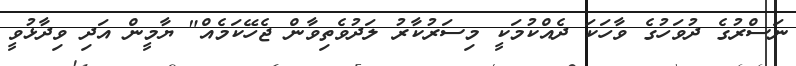
ނަސްރުގެ ދުވަހުގެ ވާހަކަ ދެއްކުމަކީ މިސަރުކާރު ލަދުވެތިވާން ޖެހޭކަމެއް" ޔާމީން އަދި ވިދާޅުވީ